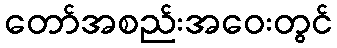
တော်အစည်းအဝေးတွင်